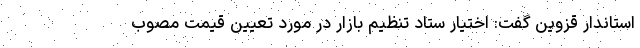
استاندار قزوین گفت: اختیار ستاد تنظیم بازار در مورد تعیین قیمت مصوب